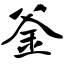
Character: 釜